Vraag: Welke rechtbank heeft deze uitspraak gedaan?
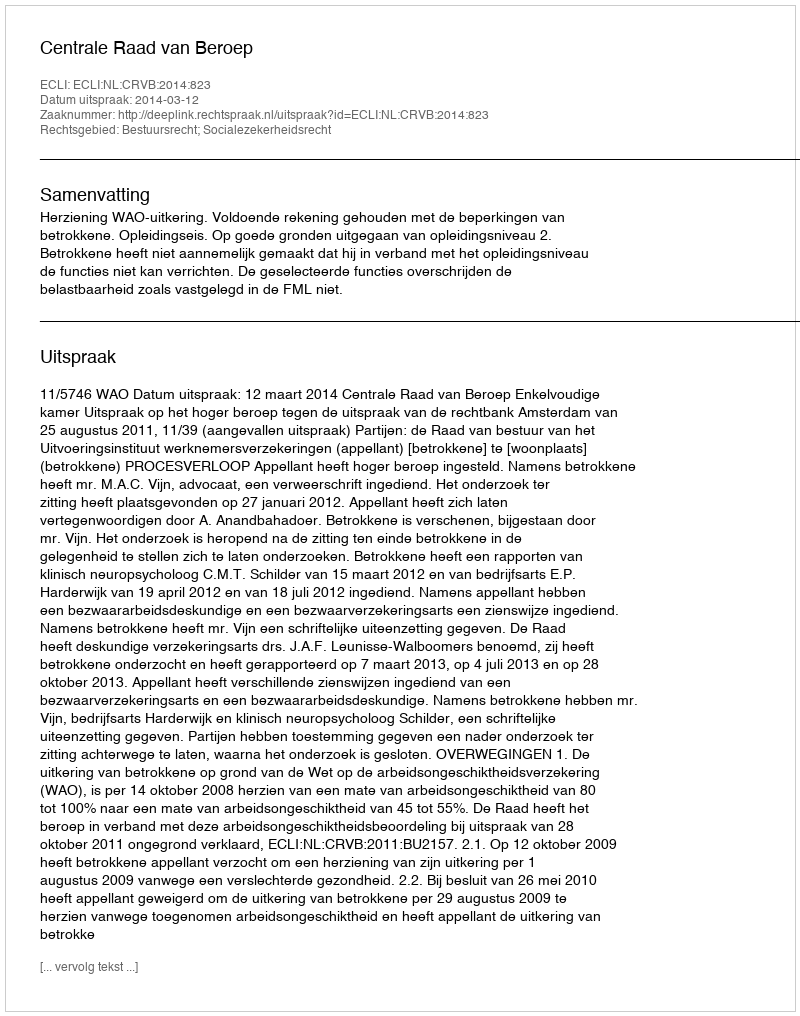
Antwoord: Centrale Raad van Beroep